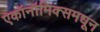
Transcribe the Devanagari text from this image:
एकॉनॉमिक्समधून